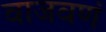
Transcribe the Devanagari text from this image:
वाजवणं